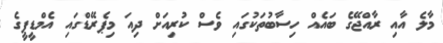
މާލެ އާއި ރާއްޖޭގެ ބައެއް ހިސާބުތަކުގައި ވެސް ކުރިއަށް ދިއަ މިޕެރޭޑްގައި އެމްޑީޕީގެ